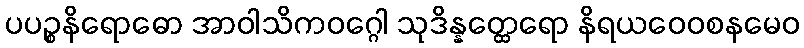
ပပဉ္စနိရောဓော အာဝါသိကဝဂ္ဂေါ သုဒိန္နတ္ထေရော နိရယဝေဝစနမေဝ